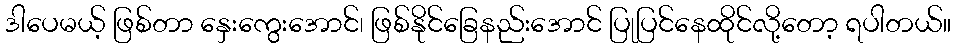
ဒါပေမယ့် ဖြစ်တာ နှေးကွေးအောင်၊ ဖြစ်နိုင်ခြေနည်းအောင် ပြုပြင်နေထိုင်လို့တော့ ရပါတယ်။